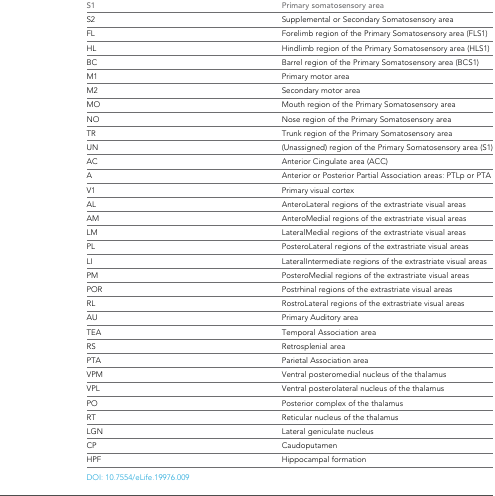
<table><thead><tr><td><b>S1</b></td><td><b>Primary somatosensory area</b></td></tr></thead><tbody><tr><td>S2</td><td>Supplemental or Secondary Somatosensory area</td></tr><tr><td>FL</td><td>Forelimb region of the Primary Somatosensory area (FLS1)</td></tr><tr><td>HL</td><td>Hindlimb region of the Primary Somatosensory area (HLS1)</td></tr><tr><td>BC</td><td>Barrel region of the Primary Somatosensory area (BCS1)</td></tr><tr><td>M1</td><td>Primary motor area</td></tr><tr><td>M2</td><td>Secondary motor area</td></tr><tr><td>MO</td><td>Mouth region of the Primary Somatosensory area</td></tr><tr><td>NO</td><td>Nose region of the Primary Somatosensory area</td></tr><tr><td>TR</td><td>Trunk region of the Primary Somatosensory area</td></tr><tr><td>UN</td><td>(Unassigned) region of the Primary Somatosensory area (S1)</td></tr><tr><td>AC</td><td>Anterior Cingulate area (ACC)</td></tr><tr><td>A</td><td>Anterior or Posterior Partial Association areas: PTLp or PTA</td></tr><tr><td>V1</td><td>Primary visual cortex</td></tr><tr><td>AL</td><td>AnteroLateral regions of the extrastriate visual areas</td></tr><tr><td>AM</td><td>AnteroMedial regions of the extrastriate visual areas</td></tr><tr><td>LM</td><td>LateralMedial regions of the extrastriate visual areas</td></tr><tr><td>PL</td><td>PosteroLateral regions of the extrastriate visual areas</td></tr><tr><td>LI</td><td>LateralIntermediate regions of the extrastriate visual areas</td></tr><tr><td>PM</td><td>PosteroMedial regions of the extrastriate visual areas</td></tr><tr><td>POR</td><td>Postrhinal regions of the extrastriate visual areas</td></tr><tr><td>RL</td><td>RostroLateral regions of the extrastriate visual areas</td></tr><tr><td>AU</td><td>Primary Auditory area</td></tr><tr><td>TEA</td><td>Temporal Association area</td></tr><tr><td>RS</td><td>Retrosplenial area</td></tr><tr><td>PTA</td><td>Parietal Association area</td></tr><tr><td>VPM</td><td>Ventral posteromedial nucleus of the thalamus</td></tr><tr><td>VPL</td><td>Ventral posterolateral nucleus of the thalamus</td></tr><tr><td>PO</td><td>Posterior complex of the thalamus</td></tr><tr><td>RT</td><td>Reticular nucleus of the thalamus</td></tr><tr><td>LGN</td><td>Lateral geniculate nucleus</td></tr><tr><td>CP</td><td>Caudoputamen</td></tr><tr><td>HPF</td><td>Hippocampal formation</td></tr></tbody></table>